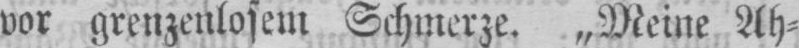
vor grenzenlosem Schmerze. „Meine Ah⸗